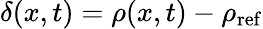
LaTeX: \delta(x,t)=\rho(x,t)-\rho_{\mathrm{ref}}